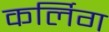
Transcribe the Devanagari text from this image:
कर्लिग